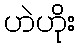
ဟဲဟိုး